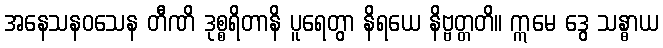
အနေသနဝသေန တီဏိ ဒုစ္စရိတာနိ ပူရေတွာ နိရယေ နိဗ္ဗတ္တတိ။ ဣမေ ဒွေ သန္ဓာယ